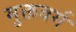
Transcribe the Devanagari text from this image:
मुक्तवर्ग